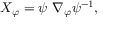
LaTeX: X _ { \varphi } = \psi \ \nabla _ { \varphi } \psi ^ { - 1 } ,